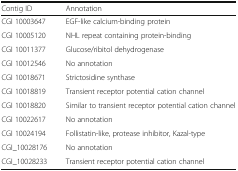
<table><thead><tr><td><b>Contig ID</b></td><td><b>Annotation</b></td></tr></thead><tbody><tr><td>CGI 10003647</td><td>EGF-like calcium-binding protein</td></tr><tr><td>CGI 10005120</td><td>NHL repeat containing protein-binding</td></tr><tr><td>CGI 10011377</td><td>Glucose/ribitol dehydrogenase</td></tr><tr><td>CGI 10012546</td><td>No annotation</td></tr><tr><td>CGI 10018671</td><td>Strictosidine synthase</td></tr><tr><td>CGI 10018819</td><td>Transient receptor potential cation channel</td></tr><tr><td>CGI 10018820</td><td>Similar to transient receptor potential cation channel</td></tr><tr><td>CGI 10022617</td><td>No annotation</td></tr><tr><td>CGI 10024194</td><td>Follistatin-like, protease inhibitor, Kazal-type</td></tr><tr><td>CGI_10028176</td><td>No annotation</td></tr><tr><td>CGI_10028233</td><td>Transient receptor potential cation channel</td></tr></tbody></table>